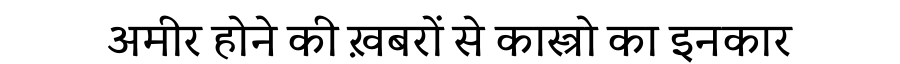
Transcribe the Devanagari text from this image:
अमीर होने की ख़बरों से कास्त्रो का इनकार